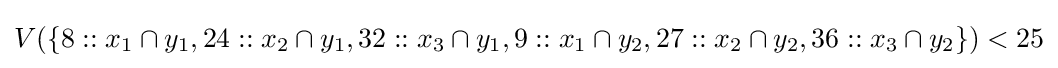
V(\{8::x_{1}\cap y_{1},24::x_{2}\cap y_{1},32::x_{3}\cap y_{1},9::x_{1}\cap y_{2},27::x_{2}\cap y_{2},36::x_{3}\cap y_{2}\})<25